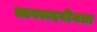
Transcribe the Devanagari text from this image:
आस्वादनीयता